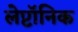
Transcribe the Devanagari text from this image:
लेप्टॉनिक